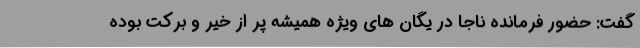
گفت: حضور فرمانده ناجا در یگان های ویژه همیشه پر از خیر و برکت بوده